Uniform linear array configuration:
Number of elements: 8
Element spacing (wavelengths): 0.5
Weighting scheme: exponential
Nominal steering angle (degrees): -30
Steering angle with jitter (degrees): -30.292
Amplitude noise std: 0.05
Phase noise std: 0.05

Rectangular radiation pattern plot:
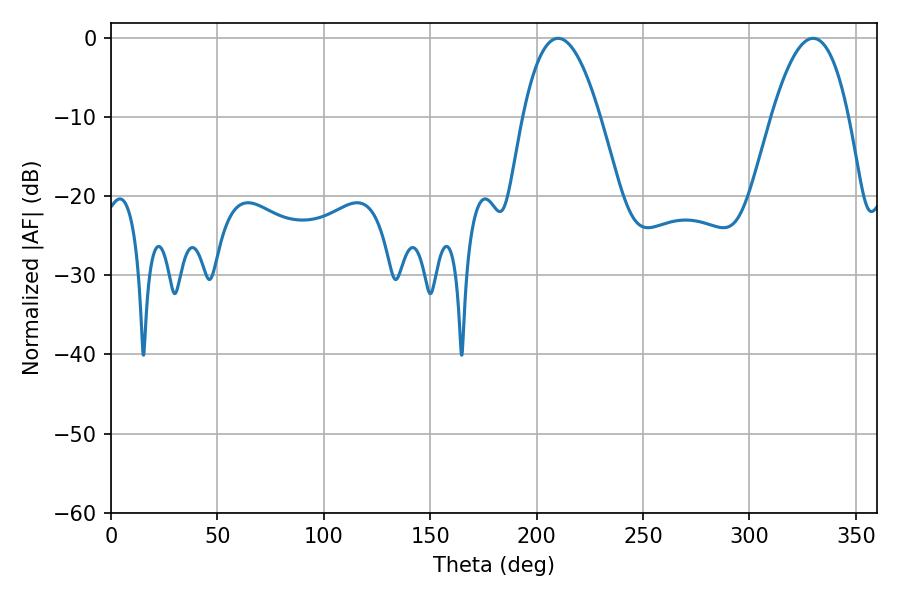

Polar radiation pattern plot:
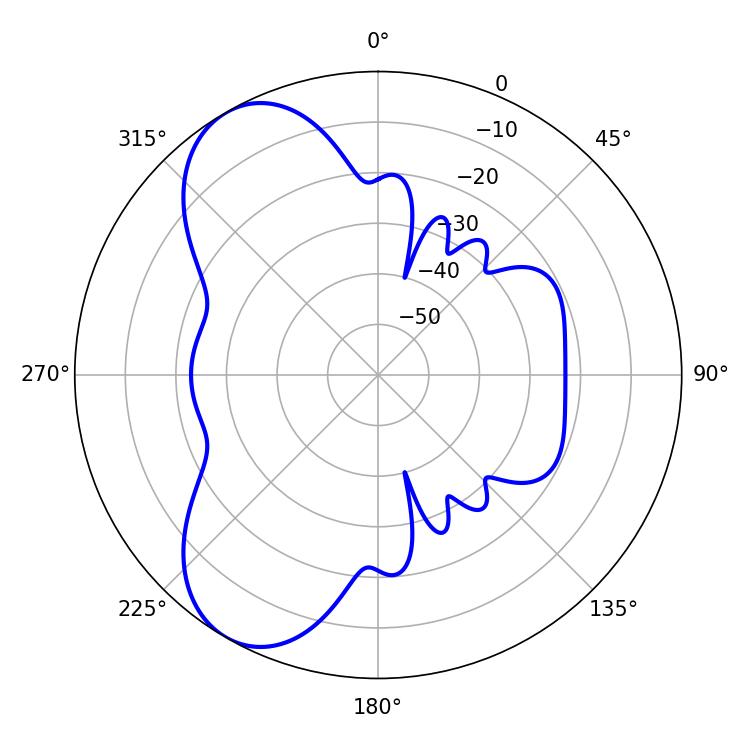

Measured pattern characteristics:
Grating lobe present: FALSE
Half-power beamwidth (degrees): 19.98
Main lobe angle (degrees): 210.06